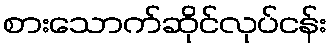
စားသောက်ဆိုင်လုပ်ငန်း